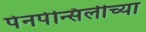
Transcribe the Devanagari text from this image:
पेनपेन्सिलीच्या